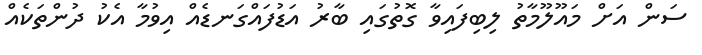
ސަން އަށް މައޫލޫމާތު ލިބިފައިވާ ގޮތުގައި ބާރު އަޑުފައްގަނޑެއް އިވުމާ އެކު ދުންތަކެއް